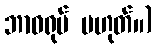
ဘာဝရုပ် မဟုတ်။)